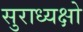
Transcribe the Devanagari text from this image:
सुराध्यक्षो